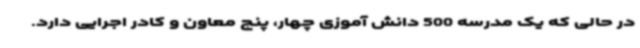
در حالی که یک مدرسه 500 دانش آموزی چهار، پنج معاون و کادر اجرایی دارد.